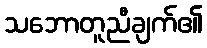
သဘောတူညီချက်၏